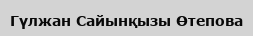
Гүлжан Сайынқызы Өтепова